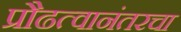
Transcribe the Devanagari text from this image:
प्रौढत्वानंतरचा